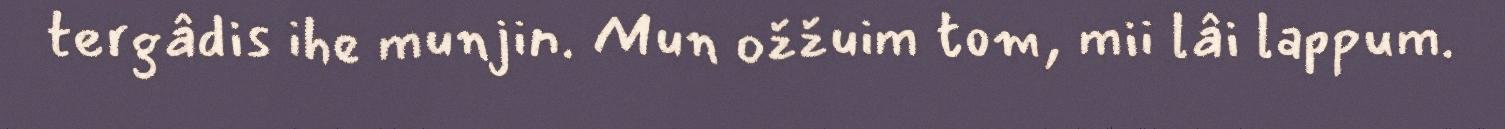
tergâdis ihe munjin. Mun ožžuim tom, mii lâi lappum.